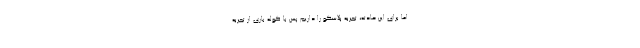
اما برای این حادثه، تجربه پلاسکو را داریم پس با کوله باری از تجربه